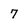
Character: 7